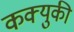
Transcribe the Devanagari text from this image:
कक्युकी